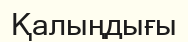
Қалыңдығы